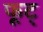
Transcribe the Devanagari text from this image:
फूट्